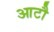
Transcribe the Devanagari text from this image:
आटौ